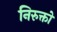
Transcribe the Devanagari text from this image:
निरुक्तों